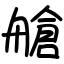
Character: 艙